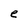
Character: e